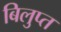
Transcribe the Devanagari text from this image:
बिलुप्त